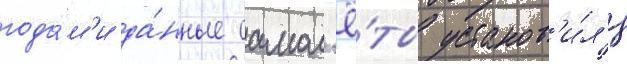
года́м'и да́нные самол'ё́ты установ'и́л'и